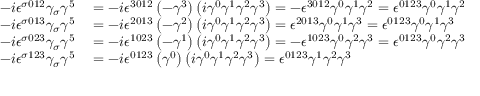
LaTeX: \begin{array} { r l } { - i \epsilon ^ { \sigma 0 1 2 } \gamma _ { \sigma } \gamma ^ { 5 } } & { { } = - i \epsilon ^ { 3 0 1 2 } \left( - \gamma ^ { 3 } \right) \left( i \gamma ^ { 0 } \gamma ^ { 1 } \gamma ^ { 2 } \gamma ^ { 3 } \right) = - \epsilon ^ { 3 0 1 2 } \gamma ^ { 0 } \gamma ^ { 1 } \gamma ^ { 2 } = \epsilon ^ { 0 1 2 3 } \gamma ^ { 0 } \gamma ^ { 1 } \gamma ^ { 2 } } \\ { - i \epsilon ^ { \sigma 0 1 3 } \gamma _ { \sigma } \gamma ^ { 5 } } & { { } = - i \epsilon ^ { 2 0 1 3 } \left( - \gamma ^ { 2 } \right) \left( i \gamma ^ { 0 } \gamma ^ { 1 } \gamma ^ { 2 } \gamma ^ { 3 } \right) = \epsilon ^ { 2 0 1 3 } \gamma ^ { 0 } \gamma ^ { 1 } \gamma ^ { 3 } = \epsilon ^ { 0 1 2 3 } \gamma ^ { 0 } \gamma ^ { 1 } \gamma ^ { 3 } } \\ { - i \epsilon ^ { \sigma 0 2 3 } \gamma _ { \sigma } \gamma ^ { 5 } } & { { } = - i \epsilon ^ { 1 0 2 3 } \left( - \gamma ^ { 1 } \right) \left( i \gamma ^ { 0 } \gamma ^ { 1 } \gamma ^ { 2 } \gamma ^ { 3 } \right) = - \epsilon ^ { 1 0 2 3 } \gamma ^ { 0 } \gamma ^ { 2 } \gamma ^ { 3 } = \epsilon ^ { 0 1 2 3 } \gamma ^ { 0 } \gamma ^ { 2 } \gamma ^ { 3 } } \\ { - i \epsilon ^ { \sigma 1 2 3 } \gamma _ { \sigma } \gamma ^ { 5 } } & { { } = - i \epsilon ^ { 0 1 2 3 } \left( \gamma ^ { 0 } \right) \left( i \gamma ^ { 0 } \gamma ^ { 1 } \gamma ^ { 2 } \gamma ^ { 3 } \right) = \epsilon ^ { 0 1 2 3 } \gamma ^ { 1 } \gamma ^ { 2 } \gamma ^ { 3 } } \end{array}